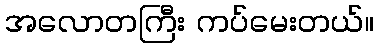
အလောတကြီး ကပ်မေးတယ်။